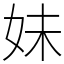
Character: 妹